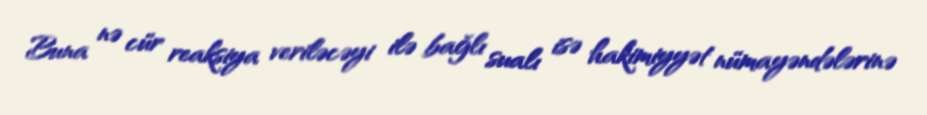
Buna nə cür reaksiya veriləcəyi ilə bağlı sualı isə hakimiyyət nümayəndələrinə